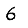
Digit: 6